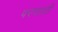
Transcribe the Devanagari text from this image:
परघाती